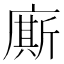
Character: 廝